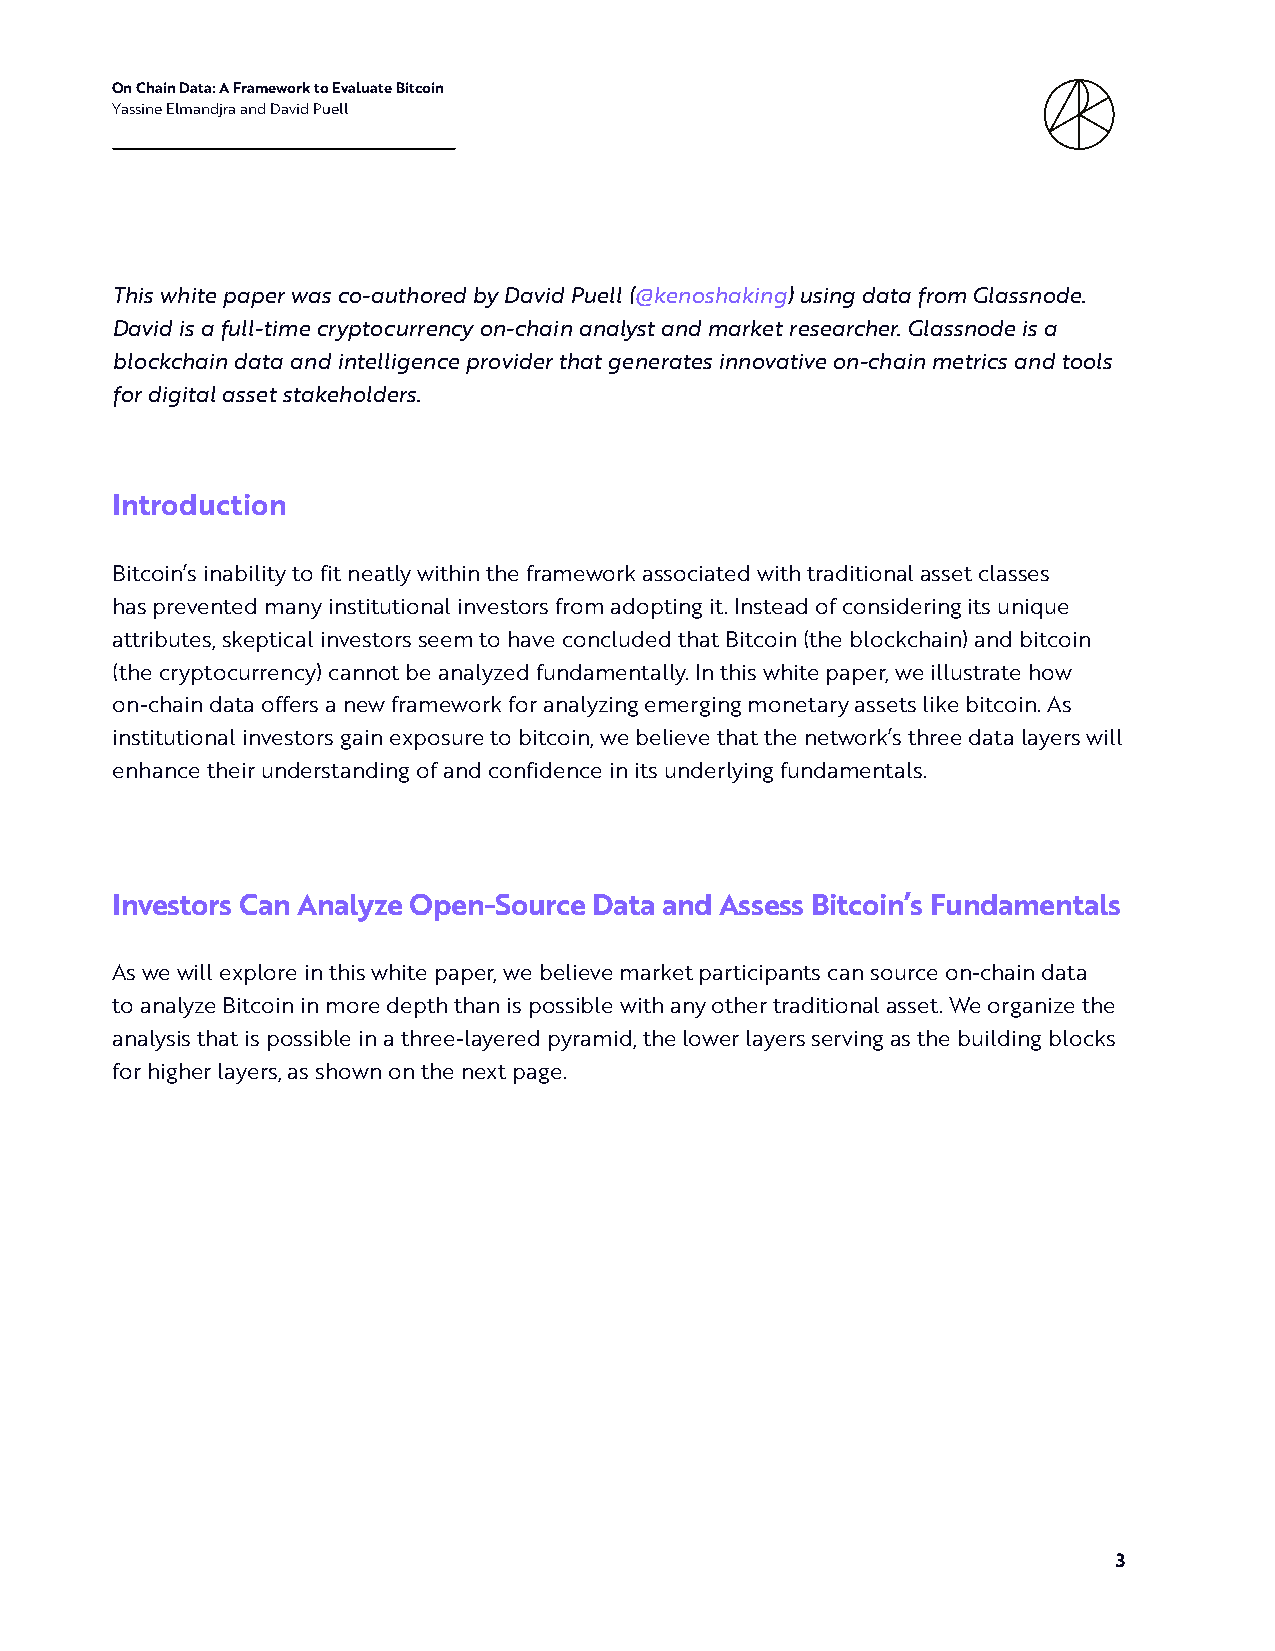
On Chain Data: A Framework to Evaluate Bitcoin
 Yassine Elmandjra and David Puell
 This white paper was co-authored by David Puell (@kenoshaking) using data from Glassnode.
 David is a full-time cryptocurrency on-chain analyst and market researcher. Glassnode is a
 blockchain data and intelligence provider that generates innovative on-chain metrics and tools
 for digital asset stakeholders.
 Introduction
 Bitcoin’s inability to fit neatly within the framework associated with traditional asset classes
 has prevented many institutional investors from adopting it. Instead of considering its unique
 attributes, skeptical investors seem to have concluded that Bitcoin (the blockchain) and bitcoin
 (the cryptocurrency) cannot be analyzed fundamentally. In this white paper, we illustrate how
 on-chain data offers a new framework for analyzing emerging monetary assets like bitcoin. As
 institutional investors gain exposure to bitcoin, we believe that the network’s three data layers will
 enhance their understanding of and confidence in its underlying fundamentals.
 Investors Can Analyze Open-Source Data and Assess Bitcoin’s Fundamentals
 As we will explore in this white paper, we believe market participants can source on-chain data
 to analyze Bitcoin in more depth than is possible with any other traditional asset. We organize the
 analysis that is possible in a three-layered pyramid, the lower layers serving as the building blocks
 for higher layers, as shown on the next page.
 3